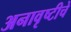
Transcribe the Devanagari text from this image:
अनावृष्टीचे